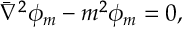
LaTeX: \bar { \nabla } ^ { 2 } \phi _ { m } - m ^ { 2 } \phi _ { m } = 0 ,